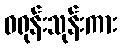
ဝရုန်းသုန်းကား